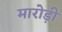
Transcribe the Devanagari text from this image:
मारोड़ी